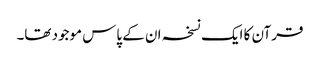
قرآن کا ایک نسخہ ان کے پاس موجود تھا۔